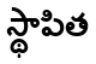
స్థాపిత